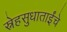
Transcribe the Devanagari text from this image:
स्नेहसुधाताईंचे